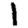
Digit: 1